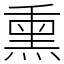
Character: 熏